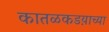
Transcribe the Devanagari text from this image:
कातळकडय़ाच्या